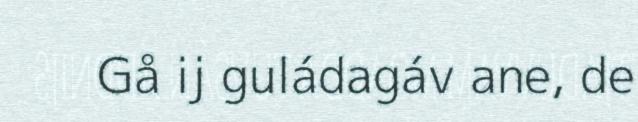
Gå ij guládagáv ane, de